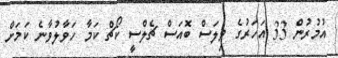
އުމުރުން 33 އަހަރުގެ ވިލަސް ބޮއަސް ޗެލްސީ ކޯޗް ކަމާ ހަވާލުވާނެ ކަމަށް